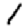
Digit: 1